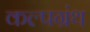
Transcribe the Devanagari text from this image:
कल्पग्रंथ